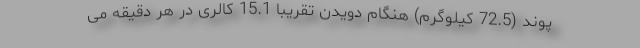
پوند (72.5 کیلوگرم) هنگام دویدن تقریبا 15.1 کالری در هر دقیقه می